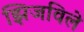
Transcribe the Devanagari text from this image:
झिजविले